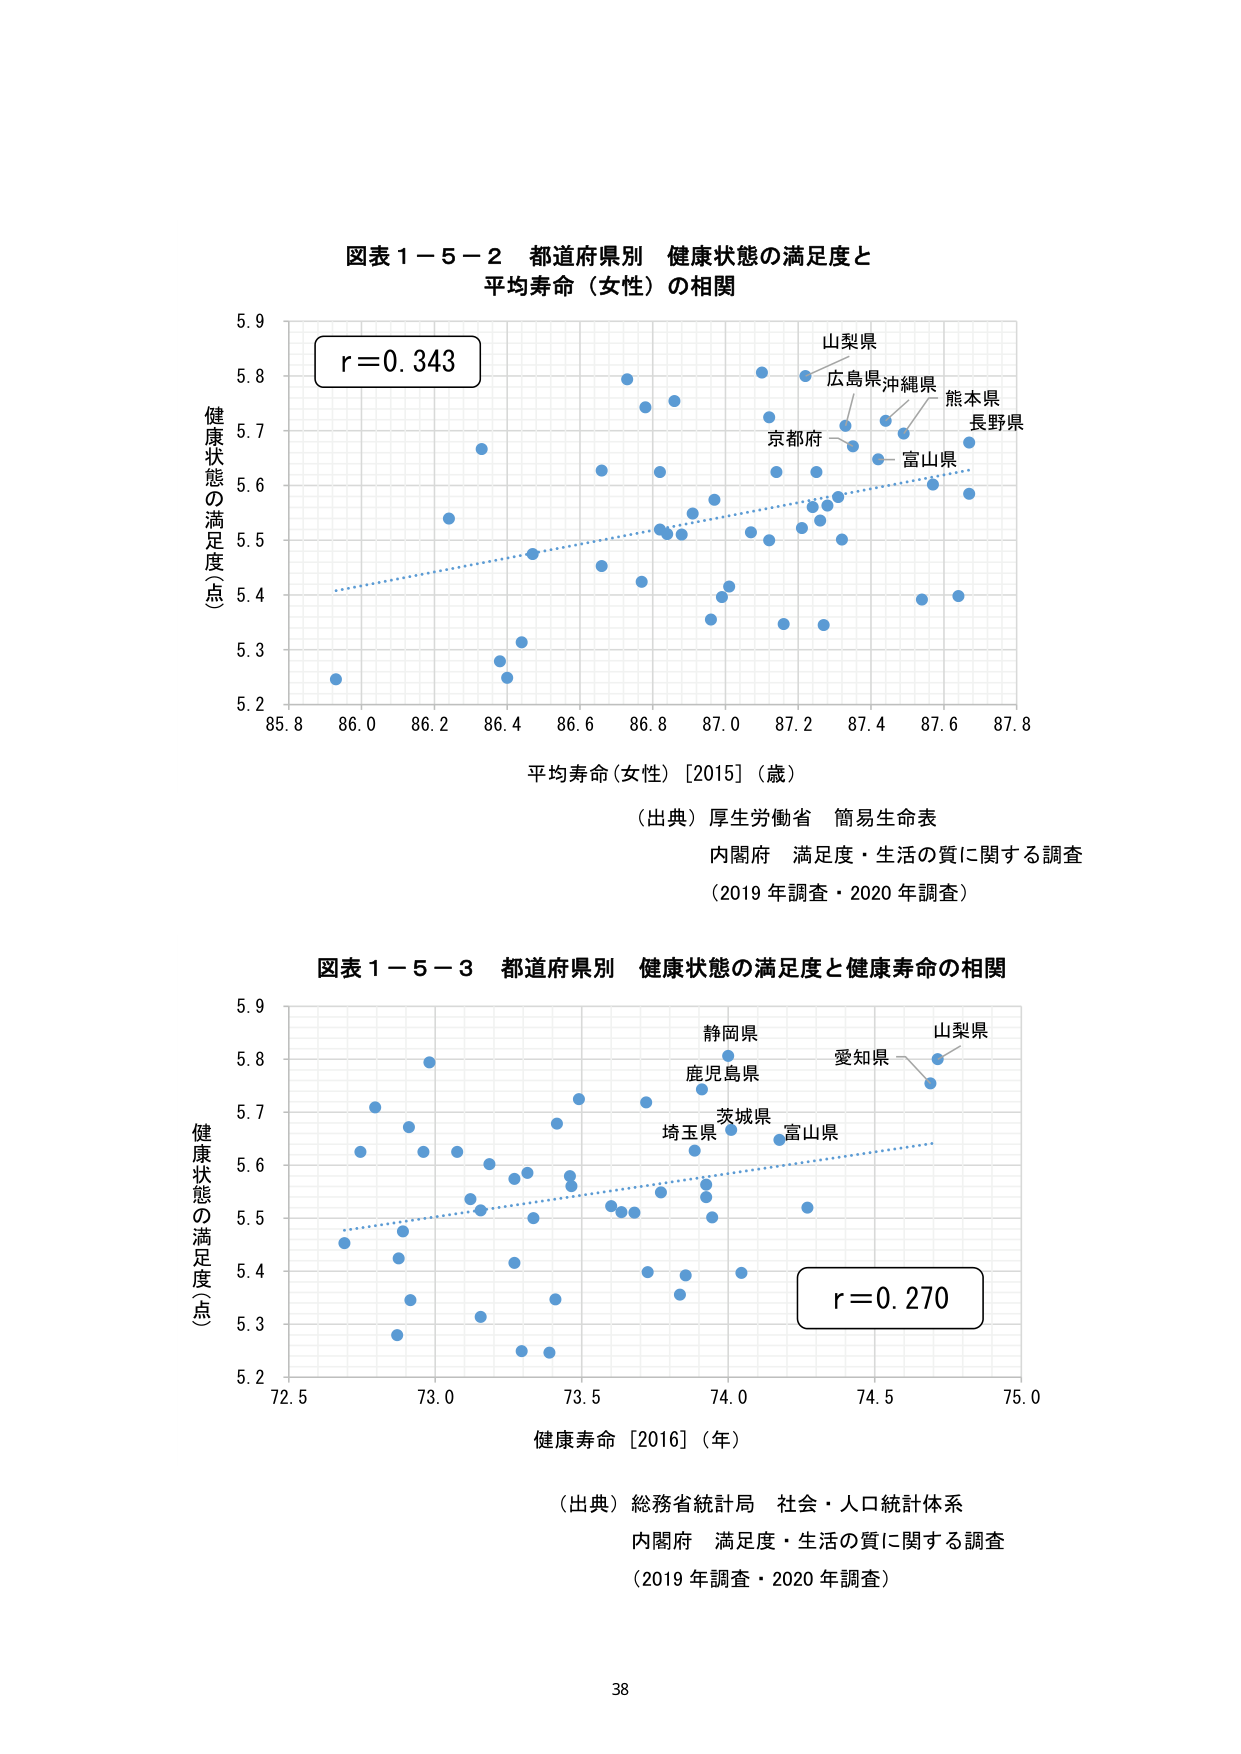
図表１－５－２ 都道府県別 健康状態の満足度と
平均寿命（女性）の相関

r=0.343

健康状態の満足度（点）
5.9
5.8
5.7
5.6
5.5
5.4
5.3
5.2

85.8 86.0 86.2 86.4 86.6 86.8 87.0 87.2 87.4 87.6 87.8
平均寿命（女性）［2015］（歳）

（出典）厚生労働省 簡易生命表
内閣府 満足度・生活の質に関する調査
（2019年調査・2020年調査）

山梨県
広島県 沖縄県
熊本県
京都府
長野県
富山県

図表１－５－３ 都道府県別 健康状態の満足度と健康寿命の相関

健康状態の満足度（点）
5.9
5.8
5.7
5.6
5.5
5.4
5.3
5.2

72.5 73.0 73.5 74.0 74.5 75.0
健康寿命［2016］（年）

r=0.270

静岡県
鹿児島県
愛知県
山梨県
茨城県
埼玉県
富山県

（出典）総務省統計局 社会・人口統計体系
内閣府 満足度・生活の質に関する調査
（2019年調査・2020年調査）

38